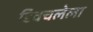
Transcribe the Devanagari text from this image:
डिवचलेला